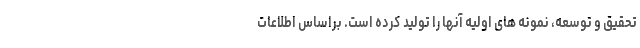
تحقیق و توسعه، نمونه های اولیه آنها را تولید کرده است. براساس اطلاعات